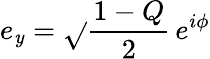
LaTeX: e_{\mathit{y}}={\sqrt{}{{\frac{{1-Q}}{{2}}}}}\, e^{i\phi}